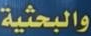
والبحثية